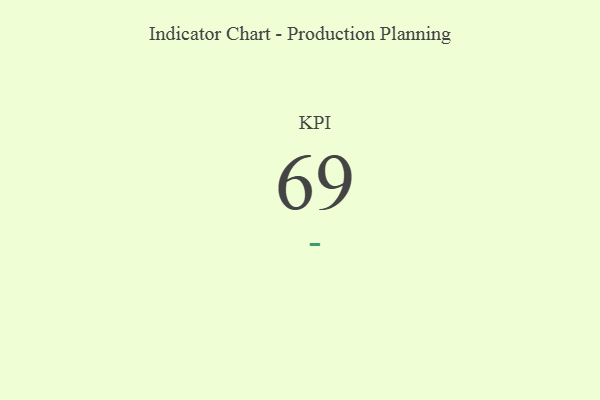
{"axis": {"x": "KPI", "y": "Value"}, "legend": [""], "data": [{"x": "KPI", "y": 69, "type": ""}]}